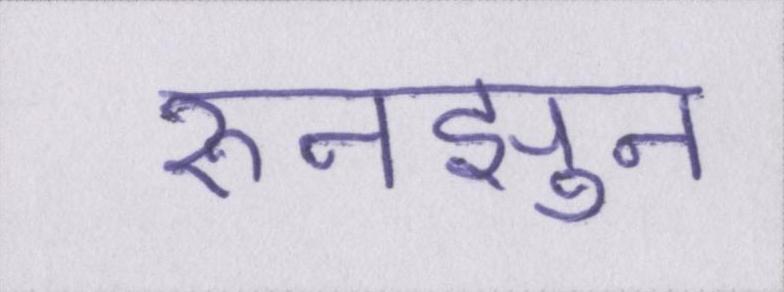
रुनझुन